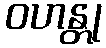
ဝဟန္တု